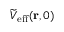
\widetilde { V } _ { \mathrm { e f f } } ( \mathbf { r } , 0 )